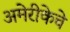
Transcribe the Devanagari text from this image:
अमेरीकेचे